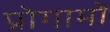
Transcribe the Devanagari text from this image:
प्रोगामों